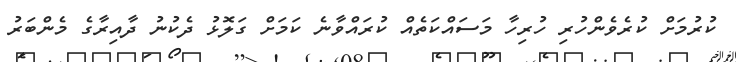
ކުރުމަށް ކުރެވެންހުރި ހުރިހާ މަސައްކަތެއް ކުރައްވާނެ ކަމަށް ގަލޮޅު ދެކުނު ދާއިރާގެ މެންބަރު